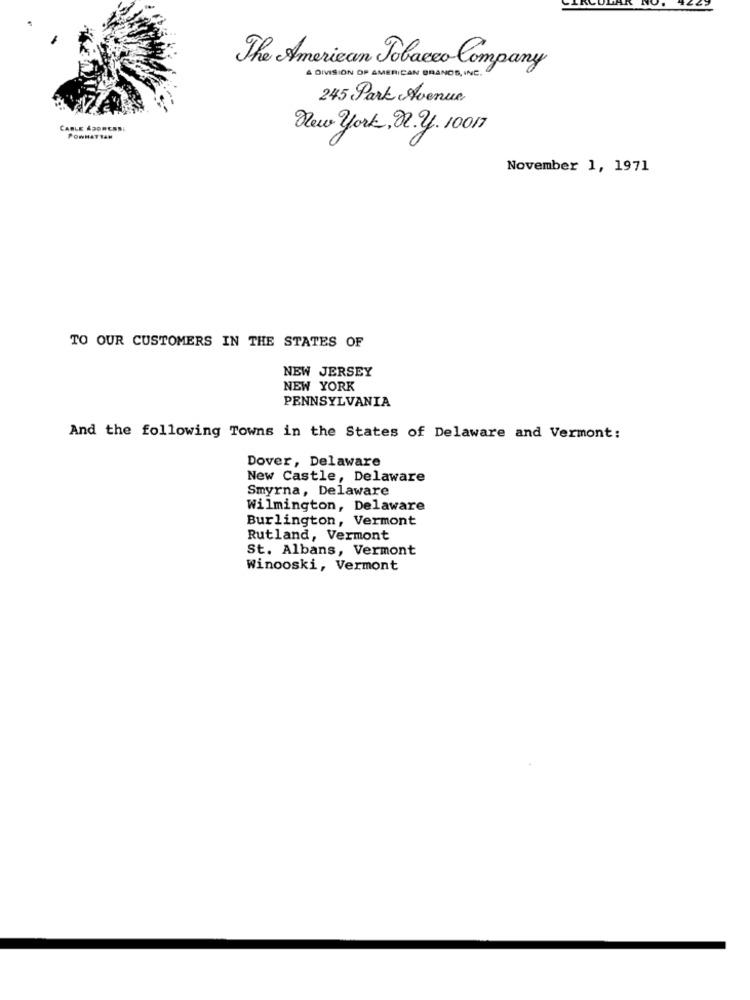
The American Tobacco Company
DIVISION OF AMERICAN BRANDS, INC.
245 Park Avenue
CABLE ADORESSI
New york, 2. y. 10017
PONHATTAN
November 1, 1971
TO OUR CUSTOMERS IN THE STATES OF
NEW JERSEY
NEW YORK
PENNSYLVANIA
And the following Towns in the States of Delaware and Vermont:
Dover, Delaware
New Castle, Delaware
Smyrna, Delaware
Wilmington, Delaware
Burlington, Vermont
Rutland, Vermont
St. Albans, Vermont
Winooski, Vermont